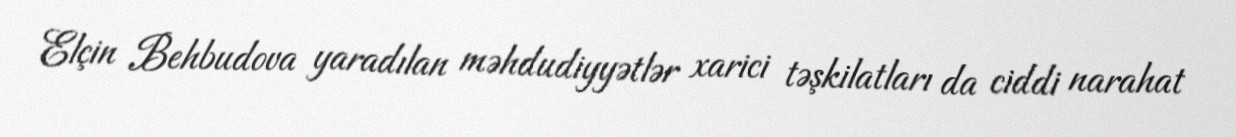
Elçin Behbudova yaradılan məhdudiyyətlər xarici təşkilatları da ciddi narahat